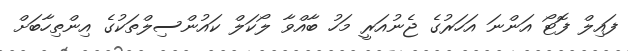
ފައިލް ފޮޓޯ އަންނަ އަހަރުގެ ޖެނުއަރީ މަހު ބާއްވާ ލޯކަލް ކައުންސިލްތަކުގެ އިންތިހާބަށް